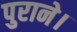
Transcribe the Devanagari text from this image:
पुराने।